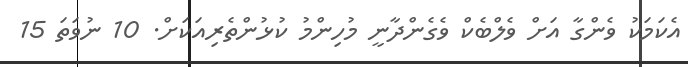
އެކަމަކު ވެންގާ އަށް ވެލްބެކް ވެގެންދާނީ މުހިންމު ކުޅުންތެރިއަކަށް. 10 ނުވަތަ 15